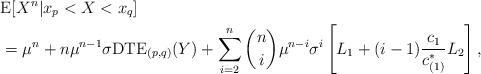
LaTeX: \begin{align*}&\mathrm{E}[X^{n}|x_{p}<X<x_{q}]\\&=\mu^{n}+n\mu^{n-1}\sigma\mathrm{DTE}_{(p,q)}(Y)+\sum_{i=2}^{n}\binom{n}{i}\mu^{n-i}\sigma^{i}\left[L_{1}+(i-1)\frac{c_{1}}{c_{(1)}^{\ast}}L_{2}\right],\end{align*}